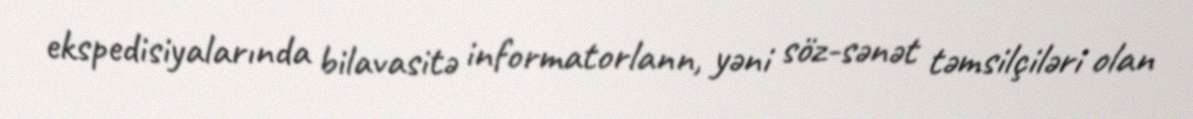
ekspedisiyalarında bilavasitə informatorlann, yəni söz-sənət təmsilçiləri olan